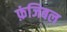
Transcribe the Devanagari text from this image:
फ़ंजिबल